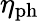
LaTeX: \eta_{\mathrm{ph}}